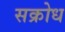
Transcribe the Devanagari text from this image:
सक्रोध